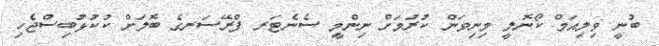
ބުނީ ވިލިއަމް ކޯނޮލީ މިނިވަން ކުރުމަށް ނިންމީ ސެނެޓަރ ފްރޭސަރގެ ބޮލަށް ކުކުޅުބިސްޖެހި